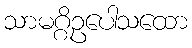
သာမဂ္ဂိဥပေါသထော